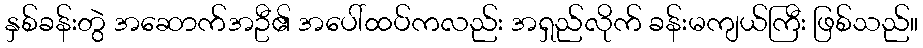
နှစ်ခန်းတွဲ အဆောက်အဦ၏ အပေါ်ထပ်ကလည်း အရှည်လိုက် ခန်းမကျယ်ကြီး ဖြစ်သည်။